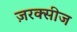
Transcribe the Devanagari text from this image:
ज़रक्सीज